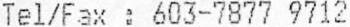
TEL/FAX : 603-7877 9712